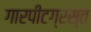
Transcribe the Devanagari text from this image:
गारपीटग्रस्त